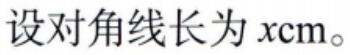
设对角线长为 \(x\text{cm}\)。